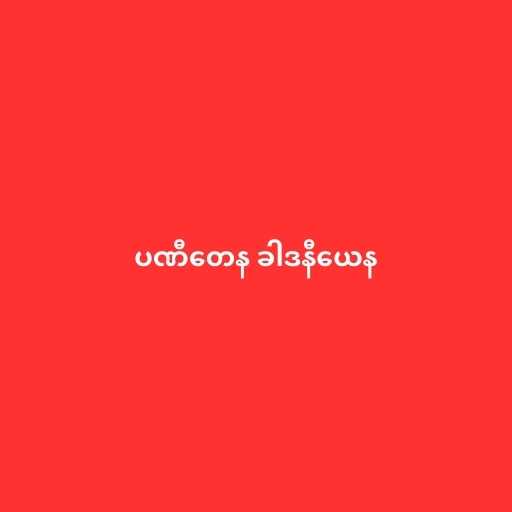
ပဏီတေန ခါဒနီယေန